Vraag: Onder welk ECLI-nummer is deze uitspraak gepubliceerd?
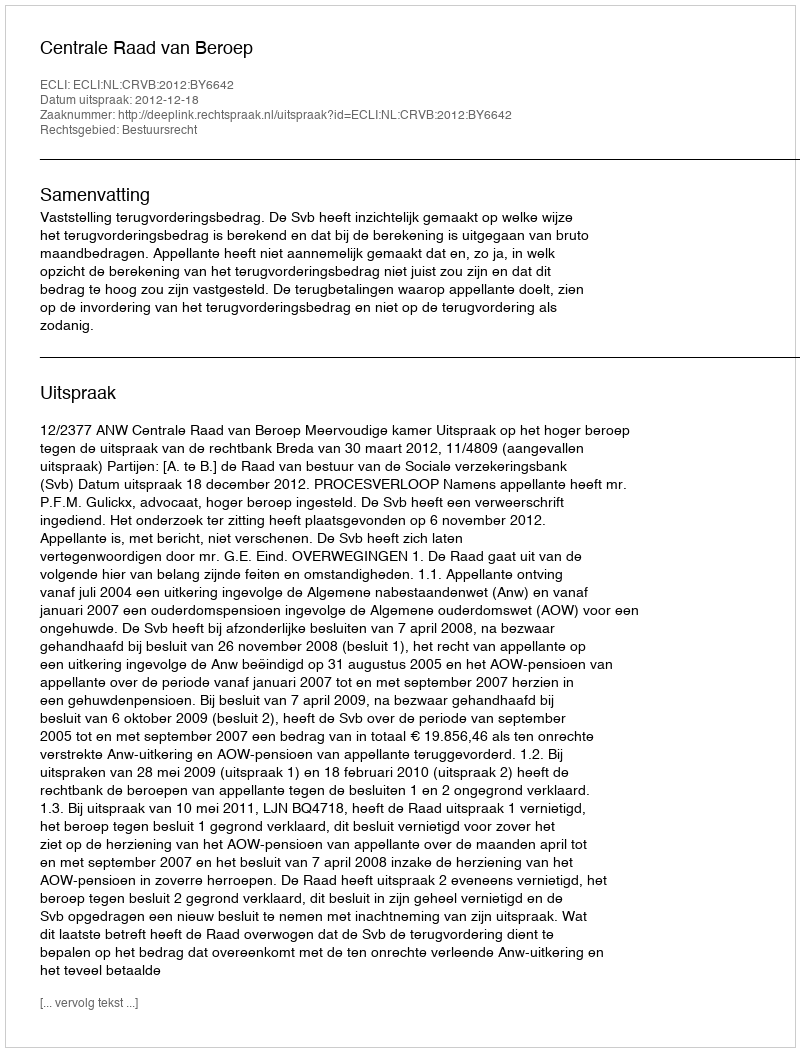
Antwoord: ECLI:NL:CRVB:2012:BY6642